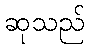
ဆုသည်